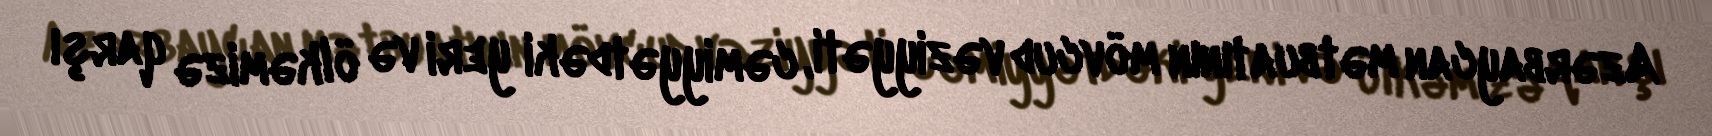
Azərbaycan mətbuatının mövcud vəziyyəti, cəmiyyətdəki yeri və ölkəmizə qarşı